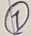
Text: 7